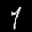
Label: 1